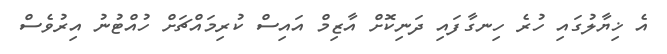
އެ ޚިޔާލުގައި ހުރެ ހިނގާފައި ދަނިކޮށް އާޒިމް އައިސް ކުރިމައްޗަށް ހުއްޓުނު އިރުވެސް